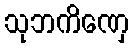
သုဘကိဏှေ